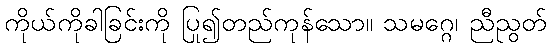
ကိုယ်ကိုခါခြင်းကို ပြု၍တည်ကုန်သော။ သမဂ္ဂေ၊ ညီညွတ်